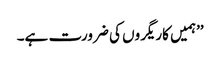
’’ہمیں کاریگروں کی ضرورت ہے۔